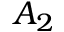
A _ { 2 }